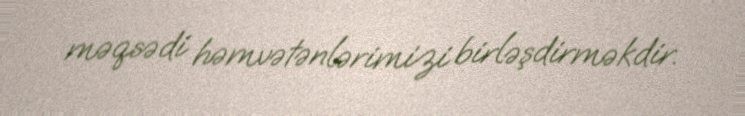
məqsədi həmvətənlərimizi birləşdirməkdir.